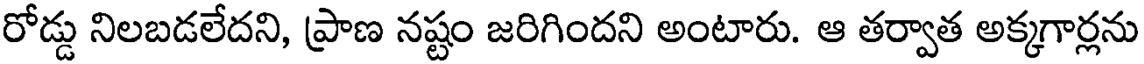
రోడ్డు నిలబడలేదని, ప్రాణ నష్టం జరిగిందని అంటారు. ఆ తర్వాత అక్కగార్లను